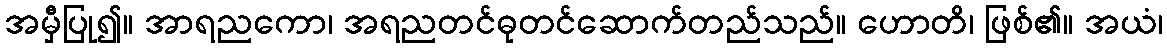
အမှီပြု၍။ အာရညကော၊ အရညတင်ဓုတင်ဆောက်တည်သည်။ ဟောတိ၊ ဖြစ်၏။ အယံ၊